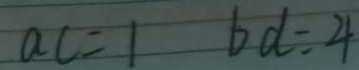
a c = 1 b d = 4